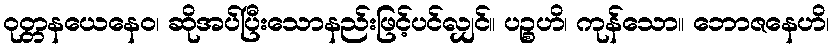
ဝုတ္တနယေနေဝ၊ ဆိုအပ်ပြီးသောနည်းဖြင့်ပင်လျှင်။ ပဉ္စဟိ၊ ကုန်သော။ ဘောဇနေဟိ၊